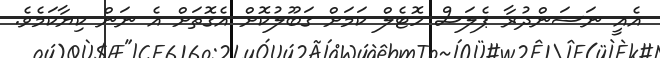
އެއީ ނަސަންދުރާ ޕެލަސް ހޮޓެލް ކަމަށް ގަބޫލުކޮށް އެގޮތަށް އެ ނަން ކިޔާކަމެވެ.